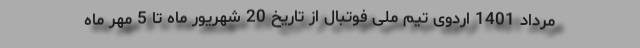
مرداد 1401 اردوی تیم ملی فوتبال از تاریخ 20 شهریور ماه تا 5 مهر ماه